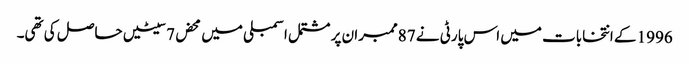
1996 کے انتخابات میں اس پارٹی نے 87ممبران پر مشتمل اسمبلی میں محض 7سیٹیں حاصل کی تھی۔